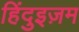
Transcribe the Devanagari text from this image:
हिंदुइज़म